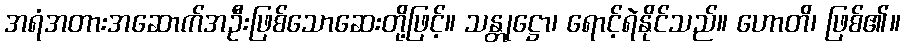
အရံအတားအဆောက်အဦးဖြစ်သောဆေးတို့ဖြင့်။ သန္တုဋ္ဌော၊ ရောင့်ရဲနိုင်သည်။ ဟောတိ၊ ဖြစ်၏။